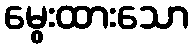
မွေးထားသော